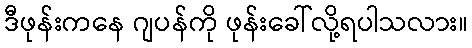
ဒီဖုန်းကနေ ဂျပန်ကို ဖုန်းခေါ်လို့ရပါသလား။